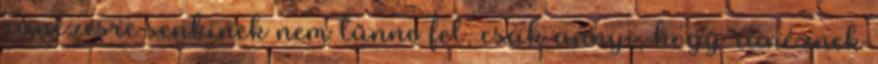
ránézésre senkinek nem tűnne fel, csak annyi, hogy ránéznek